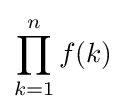
\prod _{k=1}^{n}f(k)